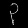
Digit: ၃